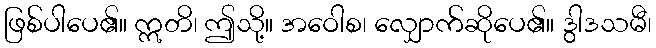
ဖြစ်ပါပေ၏။ ဣတိ၊ ဤသို့။ အဝေါစ၊ လျှောက်ဆိုပေ၏။ ဒွါဒသမီ၊